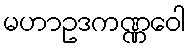
မဟာဥဒကဏ္ဏဝေါ